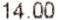
14.00